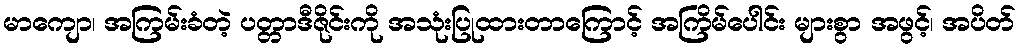
မာကျော၊ အကြမ်းခံတဲ့ ပတ္တာဒီဇိုင်းကို အသုံးပြုထားတာကြောင့် အကြိမ်ပေါင်း များစွာ အဖွင့်၊ အပိတ်